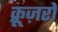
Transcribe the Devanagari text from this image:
क्रूज़रों